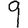
Digit: 9